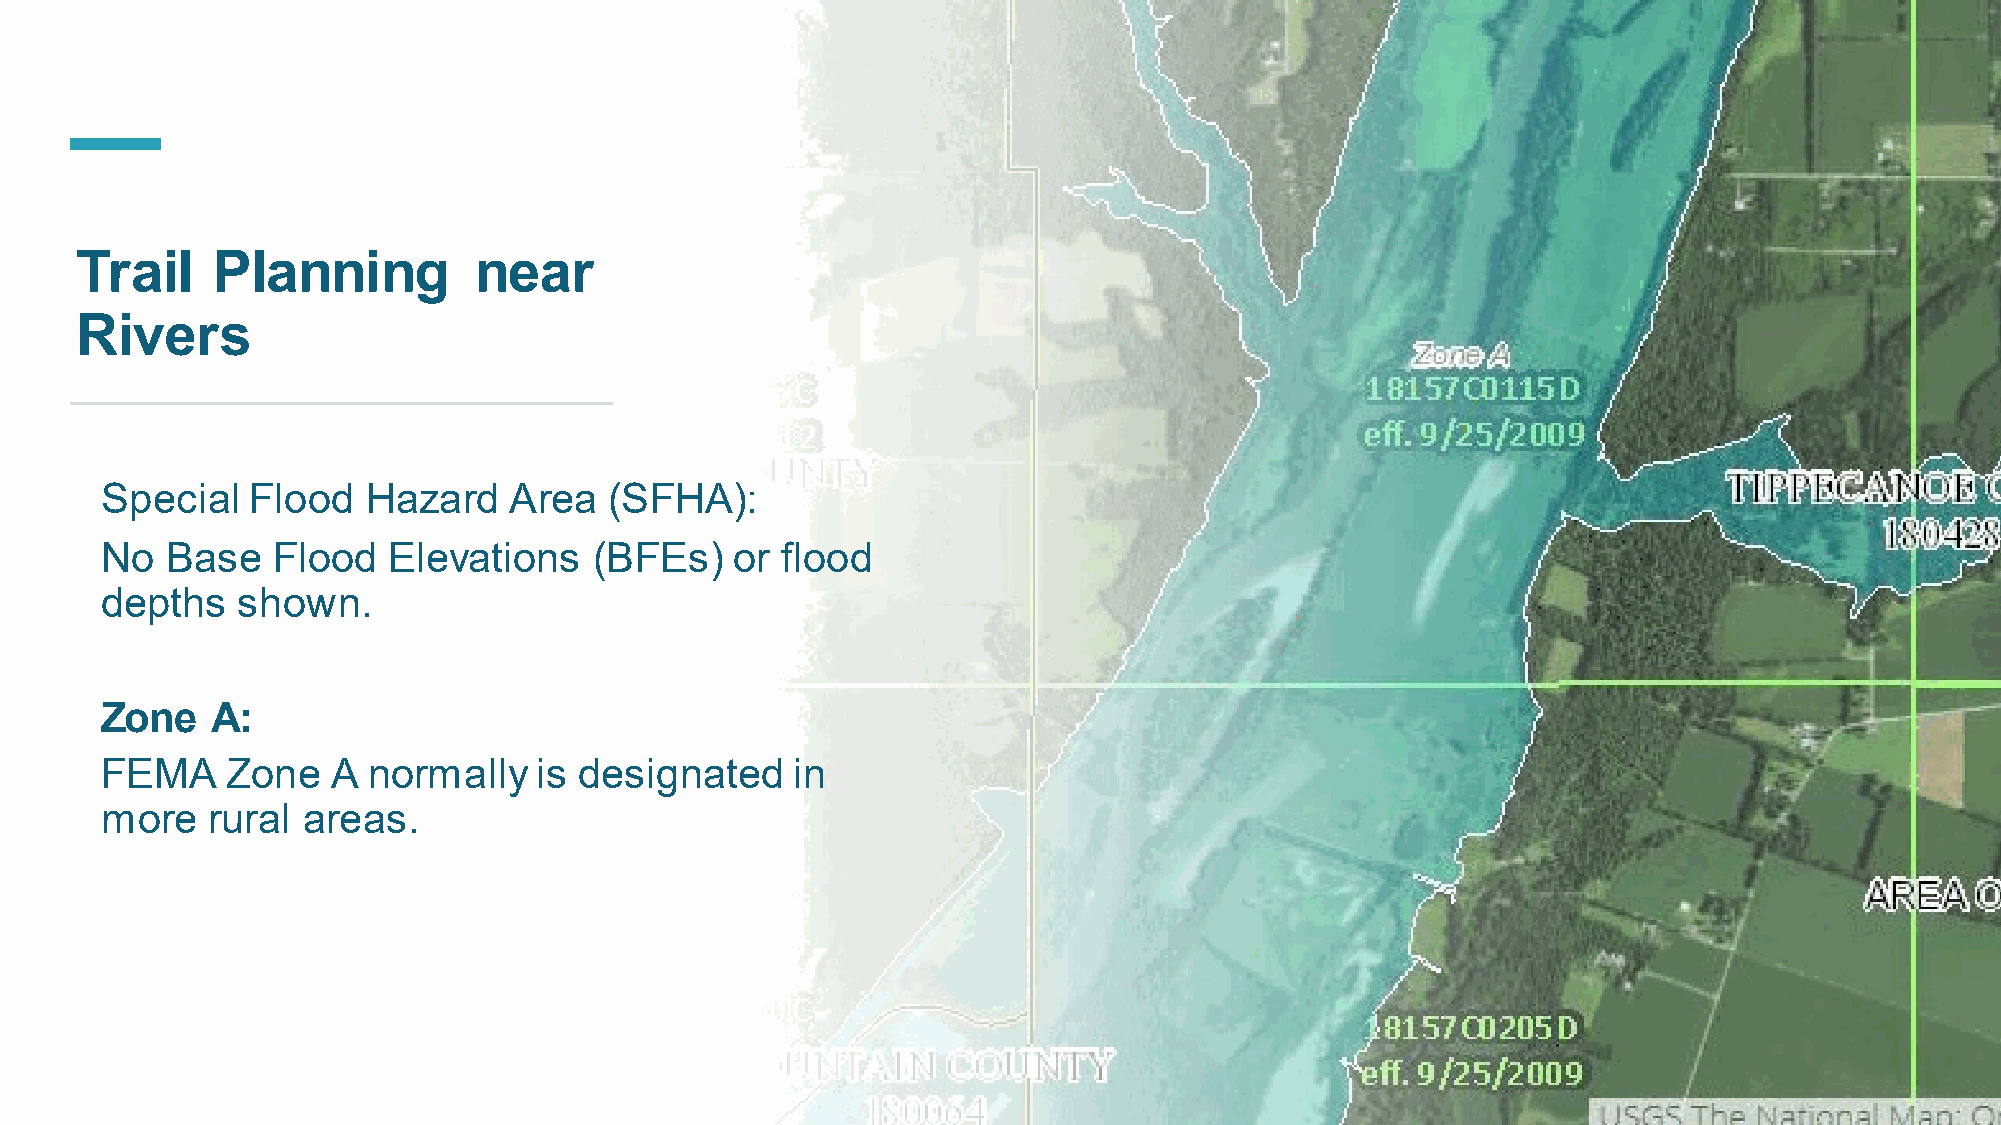
Trail    Planning         near
 Rivers
 Special  Flood   Hazard    Area  (SFHA):
 No  Base   Flood   Elevations   (BFEs)   or  flood
 depths   shown.
 Zone   A:
 FEMA    Zone   A normally   is designated    in
 more   rural areas.